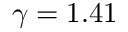
\gamma = 1 . 4 1